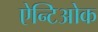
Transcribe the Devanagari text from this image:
ऐन्टिओक